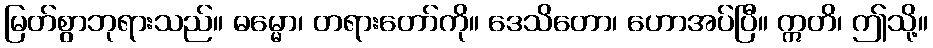
မြတ်စွာဘုရားသည်။ ဓမ္မော၊ တရားတော်ကို။ ဒေသိတော၊ ဟောအပ်ပြီ။ ဣတိ၊ ဤသို့။